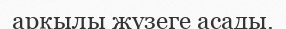
арқылы жүзеге асады.